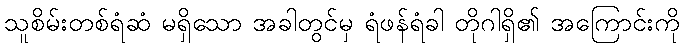
သူစိမ်းတစ်ရံဆံ မရှိသော အခါတွင်မှ ရံဖန်ရံခါ တိုဂါရှိ၏ အကြောင်းကို